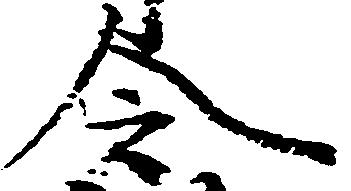
令